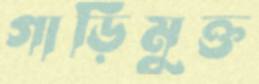
গাড়িমুক্ত